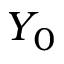
Y _ { 0 }